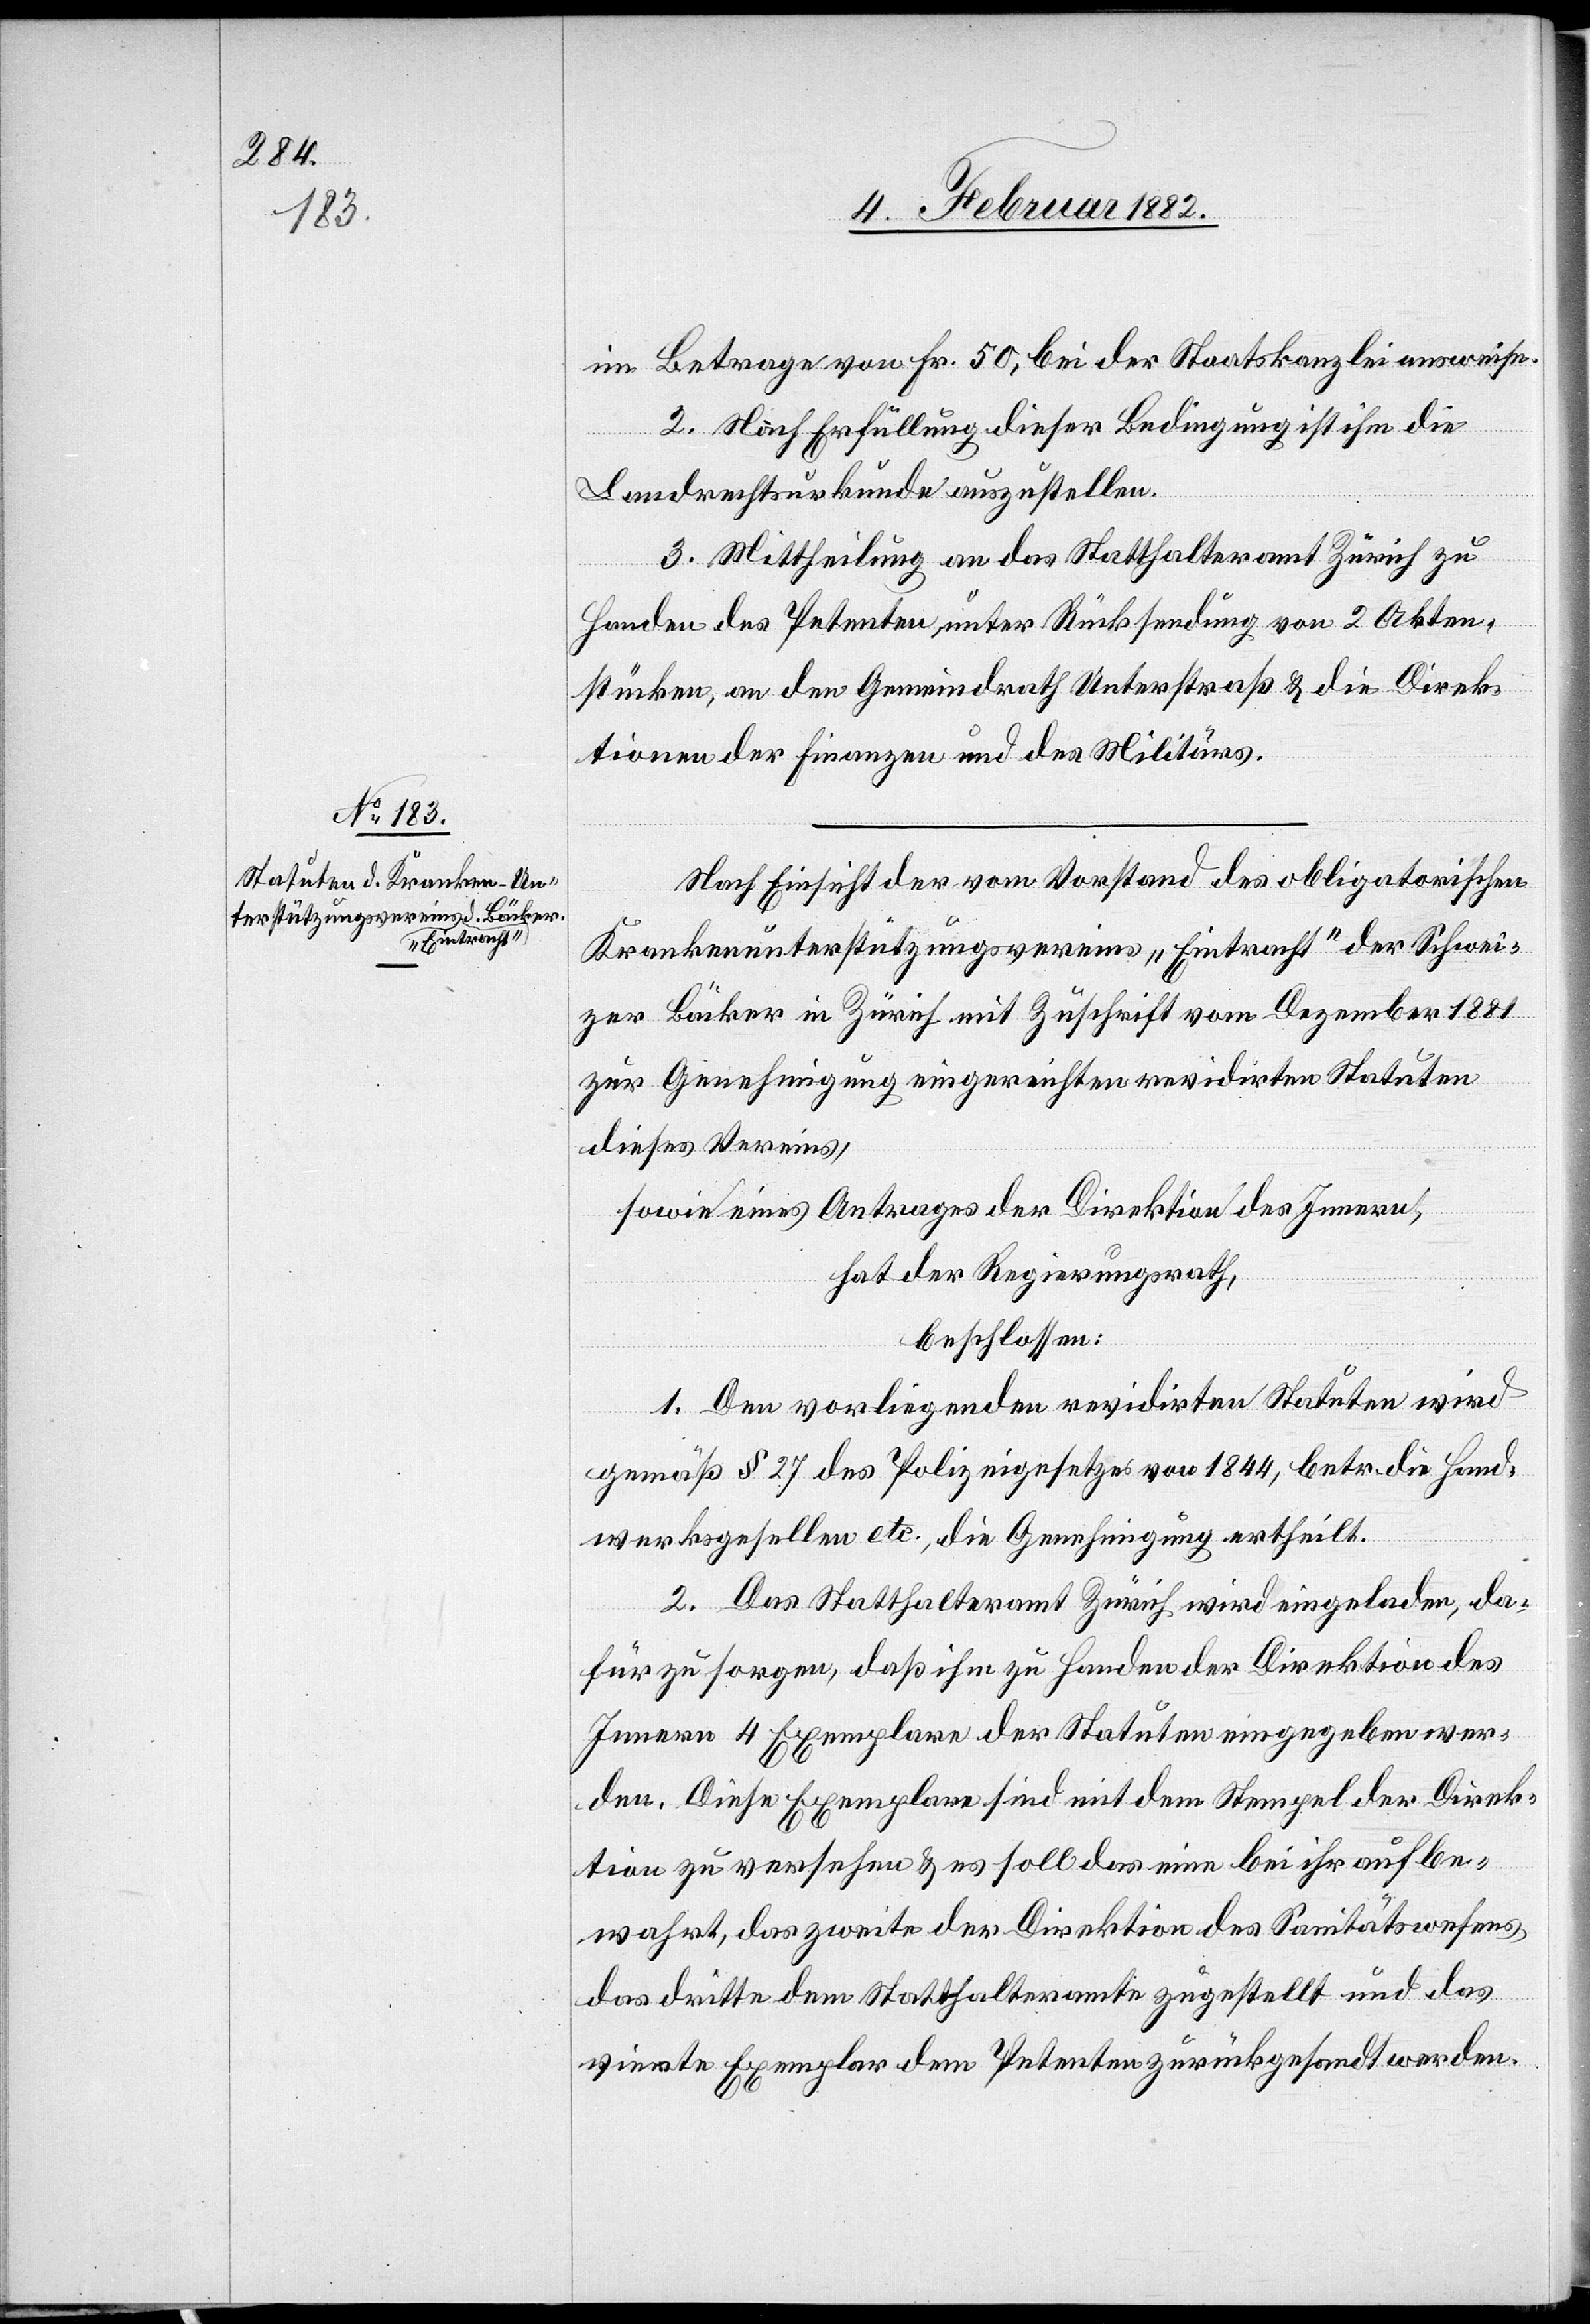
im Betrage von Fr. 50, bei der Staatskanzlei ausweise.
2. Nach Erfüllung dieser Bedingung ist ihm die
Landrechtsurkunde auszustellen.
3. Mittheilung an das Statthalteramt Zürich zu
Handen des Petenten unter Rücksendung von 2 Akten¬
stücken, an den Gemeindrath Unterstraß & die Direk¬
tion der Finanzen und des Militärs.
Nach Einsicht der vom Vorstand des obligatorischen
Krankenunterstützungsvereins „Eintracht“ der Schwei¬
zer Bäcker in Zürich mit Zuschrift vom Dezember 1881
zur Genehmigung eingereichten revidirten Statuten
dieses Vereins,
sowie eines Antrages der Direktion des Innern,
hat der Regierungsrath,
beschlossen:
1. Den vorliegenden revidirten Statuten wird
gemäß § 27 des Polizeigesetzes von 1844, betr. die Hand¬
werksgesellen etc., die Genehmigung ertheilt.
2. Das Statthalteramt Zürich wird eingeladen, da¬
für zu sorgen, daß ihm zu Handen der Direktion des
Innern 4 Exemplare der Statuten eingegeben wer¬
den. Diese Exemplare sind mit dem Stempel der Direk¬
tion zu versehen & es soll das eine bei ihr aufbe¬
wahrt, das zweite der Direktion des Sanitätswesens,
das dritte dem Statthalteramte zugestellt und das
vierte Exemplar dem Petenten zurückgesandt werden.